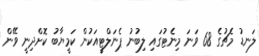
ލަނޑު މެޗުގެ 68 ވަނަ މިނެޓުގައި ލިބުނު ޕެނަލްޓީއަކުން ކަމީޔާބު ކޮށްދިނީ ވޭން